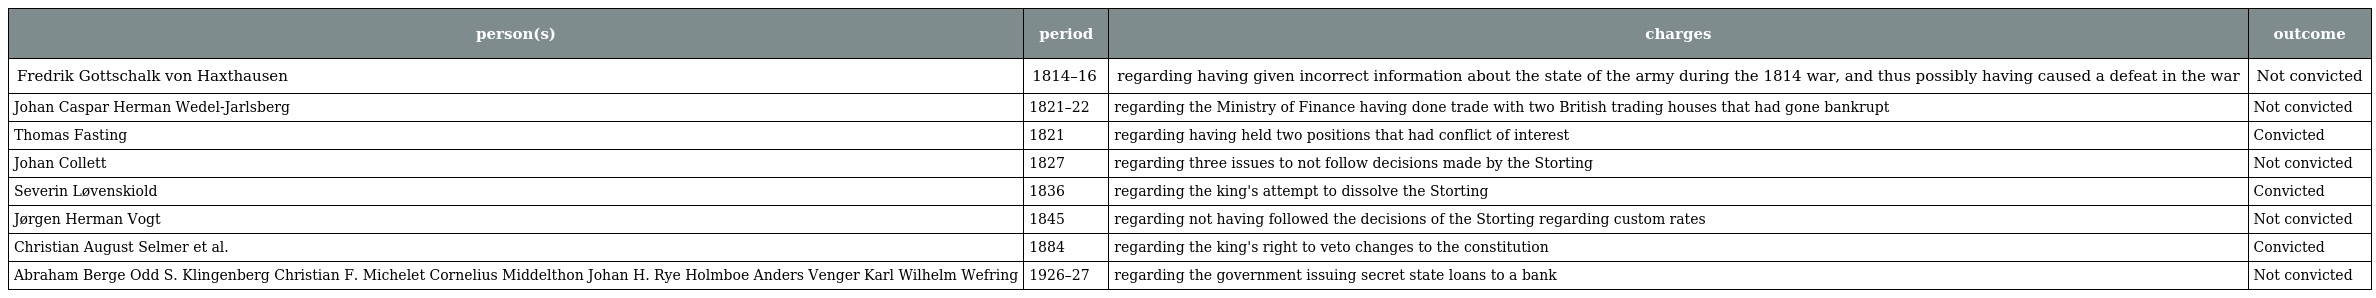
| person(s) | period | charges | outcome |
 | --- | --- | --- | --- |
 | Fredrik Gottschalk von Haxthausen | 1814–16 | regarding having given incorrect information about the state of the army during the 1814 war, and thus possibly having caused a defeat in the war | Not convicted |
 | Johan Caspar Herman Wedel-Jarlsberg | 1821–22 | regarding the Ministry of Finance having done trade with two British trading houses that had gone bankrupt | Not convicted |
 | Thomas Fasting | 1821 | regarding having held two positions that had conflict of interest | Convicted |
 | Johan Collett | 1827 | regarding three issues to not follow decisions made by the Storting | Not convicted |
 | Severin Løvenskiold | 1836 | regarding the king's attempt to dissolve the Storting | Convicted |
 | Jørgen Herman Vogt | 1845 | regarding not having followed the decisions of the Storting regarding custom rates | Not convicted |
 | Christian August Selmer et al. | 1884 | regarding the king's right to veto changes to the constitution | Convicted |
 | Abraham Berge Odd S. Klingenberg Christian F. Michelet Cornelius Middelthon Johan H. Rye Holmboe Anders Venger Karl Wilhelm Wefring | 1926–27 | regarding the government issuing secret state loans to a bank | Not convicted |